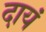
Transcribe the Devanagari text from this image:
दायं